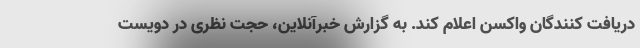
دریافت کنندگان واکسن اعلام کند. به گزارش خبرآنلاین، حجت نظری در دویست